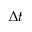
\Delta t